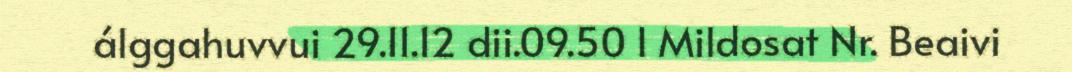
álggahuvvui 29.11.12 dii.09.50 I Mildosat Nr. Beaivi